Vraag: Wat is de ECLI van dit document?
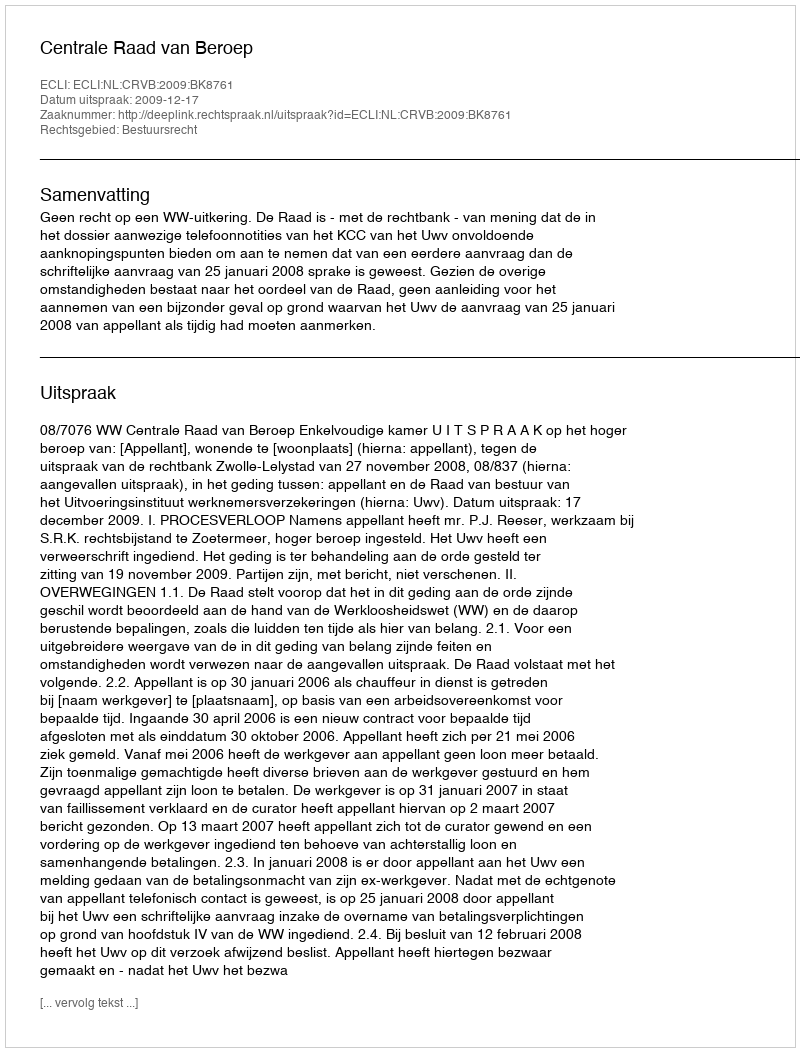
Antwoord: ECLI:NL:CRVB:2009:BK8761